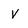
Character: V